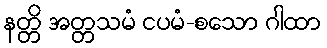
နတ္တိ အတ္တသမံ ငပမံ-စသော ဂါထာ